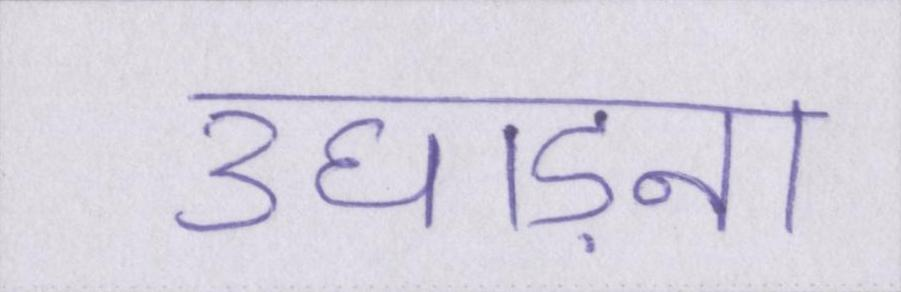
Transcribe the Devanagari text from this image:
उघाड़ना